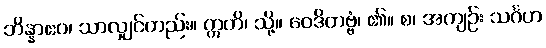
ဘိန္နာဧဝ၊ သာလျှင်တည်း။ ဣတိ၊ သို့။ ဝေဒိတဗ္ဗံ၊ ၏။ စ၊ အကျဉ်း သင်္ဂဟ